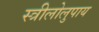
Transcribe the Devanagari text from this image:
स्त्रीलोलुपाय